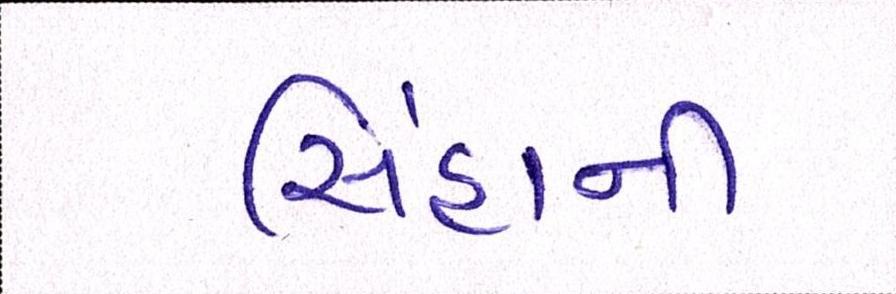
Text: સિંહાની